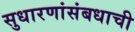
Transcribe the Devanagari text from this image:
सुधारणांसंबधाची